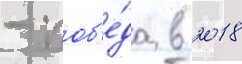
- поб'е́да в 2018